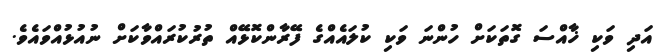
އަދި ވަކި ޚާއްސަ ގޮތަކަށް ހުންނަ ވަކި ކުލައެއްގެ ފޭރާންކޮޅޭއް ތުރުކުރައްވާކަށް ނުއުޅުއްވައެވެ.